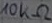
Text: 10KΩ